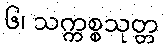
၆၊ သက္ကစ္စသုတ္တ